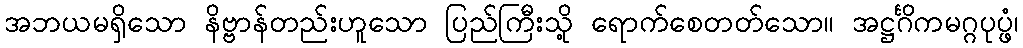
အဘယမရှိသော နိဗ္ဗာန်တည်းဟူသော ပြည်ကြီးသို့ ရောက်စေတတ်သော။ အဋ္ဌင်္ဂိကမဂ္ဂပုပ္ဖံ၊